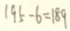
1 9 5 - 6 = 1 8 9